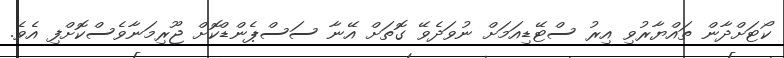
ކޯޓަށްދާން ތައްޔާރުވި އިރު ސްޓޭޑިއަމަށް ނުވަދެވޭ ގޮތަށް އޭނާ ސަސްޕެންޑްކޮށް ޖޫރިމަނާވެސްކޮށްފި އެވެ.